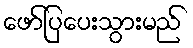
ဖော်ပြပေးသွားမည်